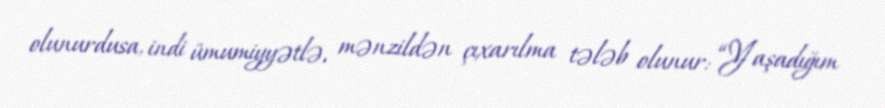
olunurdusa, indi ümumiyyətlə, mənzildən çıxarılma tələb olunur: “Yaşadığım